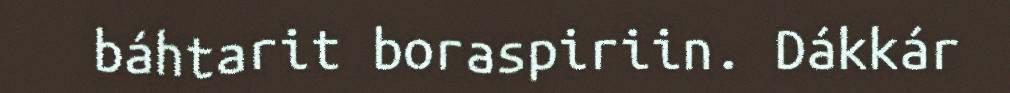
báhtarit boraspiriin. Dákkár